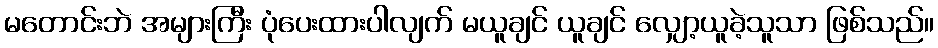
မတောင်းဘဲ အများကြီး ပုံပေးထားပါလျက် မယူချင် ယူချင် လျှော့ယူခဲ့သူသာ ဖြစ်သည်။